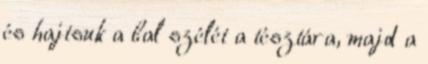
és hajtsuk a bal szélét a tésztára, majd a